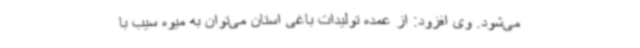
می‌شود. وی افزود: از عمده تولیدات باغی استان می‌توان به میوه سیب با